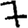
Digit: 7